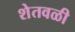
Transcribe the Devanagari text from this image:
शेतवळी